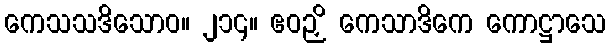
ကေသသဒိသောဝ။ ၂၁၄။ ဧဝဉှိ ကေသာဒိကေ ကောဋ္ဌာသေ